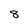
Character: 8